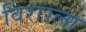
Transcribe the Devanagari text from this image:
विरारला